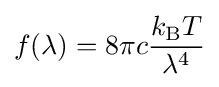
f(\lambda )=8\pi c{\frac {k_{\rm {B}}T}{\lambda ^{4}}}